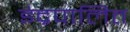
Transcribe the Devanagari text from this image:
इंद्रपालित